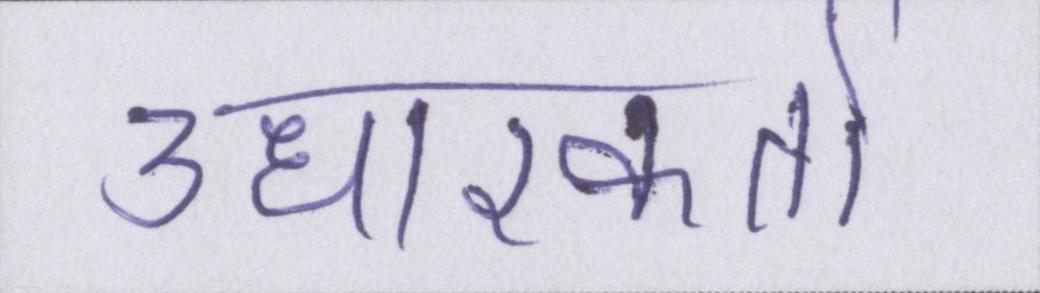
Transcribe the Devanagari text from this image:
उधारकर्ता